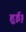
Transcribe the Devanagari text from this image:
हुई़़।